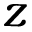
z